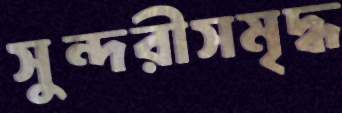
সুন্দরীসমৃদ্ধ